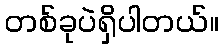
တစ်ခုပဲရှိပါတယ်။